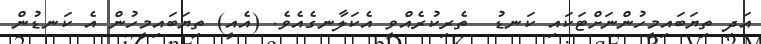
އަދި ތިޔަބައިމީހުންނަށްޓަކައި ކަނޑު  ތެރިކުރެއްވީ އެކަލާނގެއެވެ. (އެއީ) ތިޔަބައިމީހުން އެ ކަނޑުން